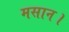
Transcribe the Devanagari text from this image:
मसान।